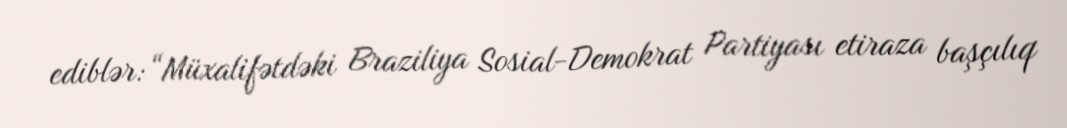
ediblər: “Müxalifətdəki Braziliya Sosial-Demokrat Partiyası etiraza başçılıq